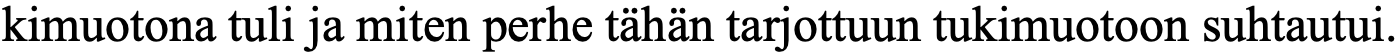
kimuotona tuli ja miten perhe tähän tarjottuun tukimuotoon suhtautui.